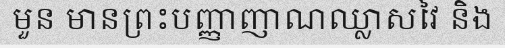
មួន មានព្រះបញ្ញាញាណឈ្លាសវៃ និង